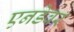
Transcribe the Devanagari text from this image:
एनडेवर